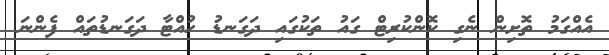
އެއްގަމު ތޮށިން ނެގި ކޮންކުރިޓް ގައު ތަކުގައި ދަގަނޑު ހުއްޓާ ދަގަނޑުތައް ފެންނަ